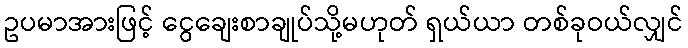
ဥပမာအားဖြင့် ငွေချေးစာချုပ်သို့မဟုတ် ရှယ်ယာ တစ်ခုဝယ်လျှင်